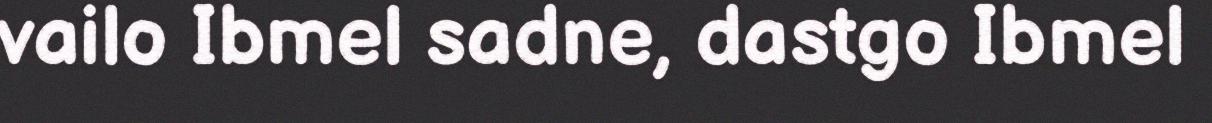
vailo Ibmel sadne, dastgo Ibmel